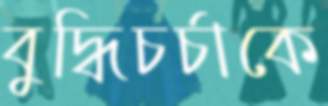
বুদ্ধিচর্চাকে